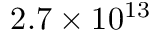
2 . 7 \times 1 0 ^ { 1 3 }